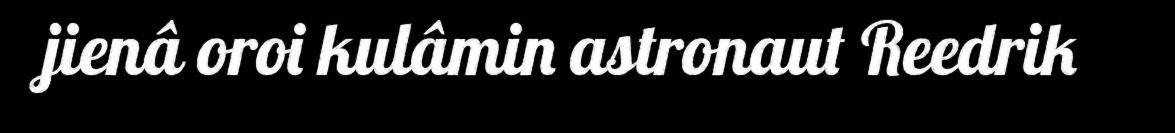
jienâ oroi kulâmin astronaut Reedrik